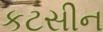
કટસીન